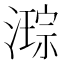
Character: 𭲙